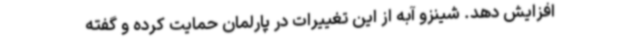
افزایش دهد. شینزو آبه از این تغییرات در پارلمان حمایت کرده و گفته